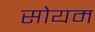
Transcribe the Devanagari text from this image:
सोयम